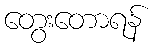
တွေးတောရန်